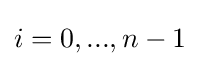
i=0,...,n-1